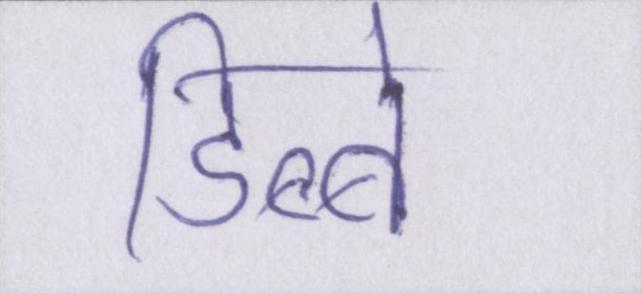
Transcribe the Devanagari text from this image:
डिब्बे